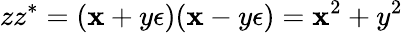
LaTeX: zz^{\ast}=(\mathbf{x}+y\epsilon)(\mathbf{x}-y\epsilon)=\mathbf{x}^{2}+y^{2}